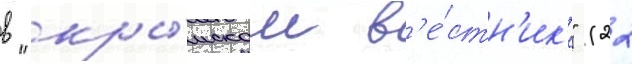
в "кры́мском в'е́стн'ик'е" (22